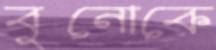
বুনোকে